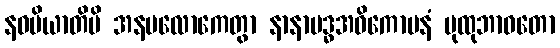
နဝမိယာတိပိ အနပလောကေတွာ နာနာဗဒ္ဓအဝိကောပနံ ပုထုဘာဝတော